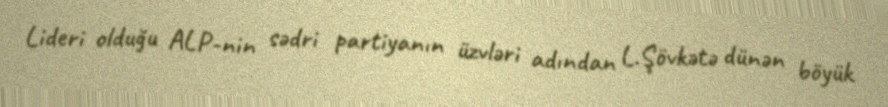
Lideri olduğu ALP-nin sədri partiyanın üzvləri adından L.Şövkətə dünən böyük